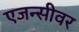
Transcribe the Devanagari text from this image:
एजन्सीवर